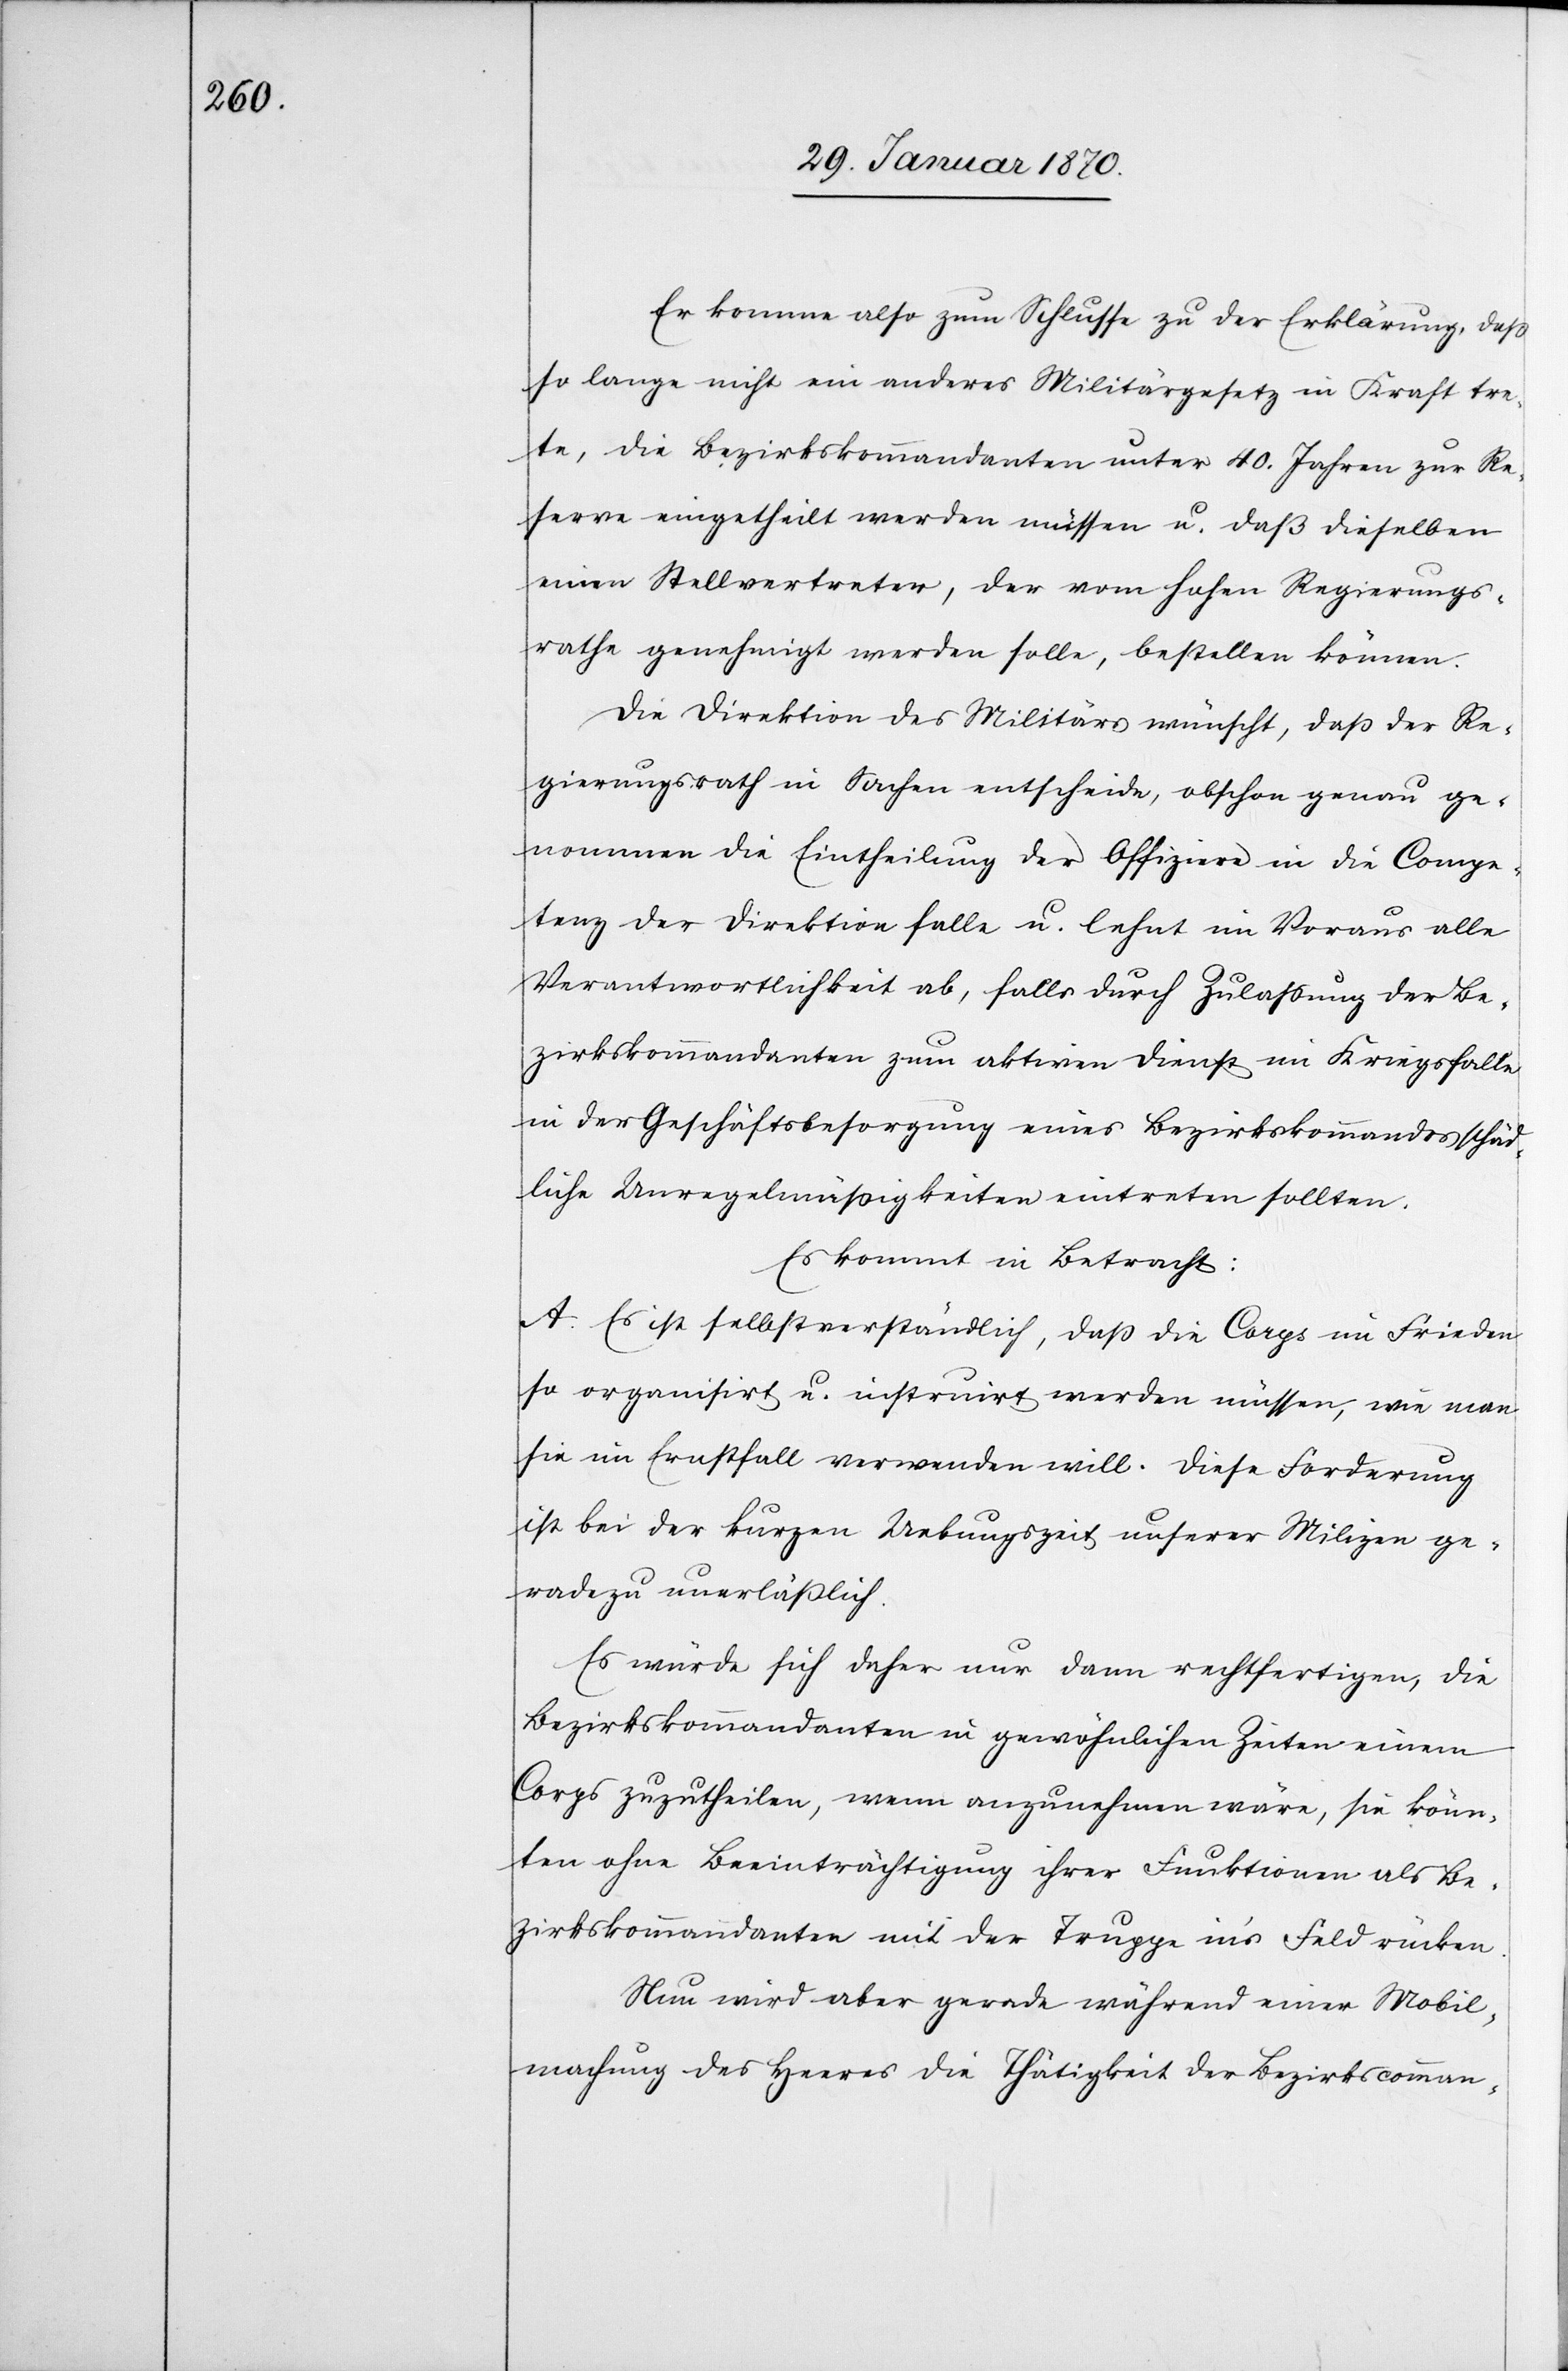
Er komme also zum Schlusse zu der Erklärung, dassß
so lange nicht ein anderes Militärgesetz in Kraft tre¬
te, die Bezirkskommandanten unter 40. Jahren zur Re¬
serve eingetheilt werden müssen u. daß dieselben
einen Stellvertreter, der vom hohen Regierungs¬
rathe genehmigt werden solle, bestellen können.
Die Direktion des Militärs wünscht, daß der Re¬
gierungsrath in Sachen entscheide, obschon genau ge¬
nommen die Eintheilung der Offiziere in die Compe¬
tenz der Direktion falle u. lehnt im Voraus alle
Verantwortlichkeit ab, falls durch Zulassung der Be¬
zirkskommandanten zum aktiven Dienst im Kriegsfalle
in der Geschäftsbesorgung eines Bezirkskommandos schäd¬
liche Unregelmässigkeiten eintreten sollten.
Es kommt in Betracht:
A. Es ist selbstverständlich, daß die Corps im Frieden
so organisirt u. instruirt werden müssen, wie man
sie im Ernstfall verwenden will. Diese Forderung
ist bei der kurzen Uebungszeit unserer Milizen ge¬
radezu unerläßlich.
Es würde sich daher nur dann rechtfertigen, die
Bezirkskommandanten in gewöhnlichen Zeiten einem
Corps zuzutheilen, wenn anzunehmen wäre, sie könn¬
ten ohne Beeinträchtigung ihrer Funktionen als Be¬
zirkskommandanten mit der Truppe inʼs Feld rücken.
Nun wird aber gerade während einer Mobil¬
machung des Heeres die Thätigkeit der Bezirkscomman-